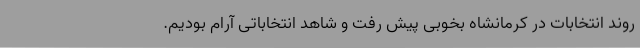
روند انتخابات در کرمانشاه بخوبی پیش رفت و شاهد انتخاباتی آرام بودیم.